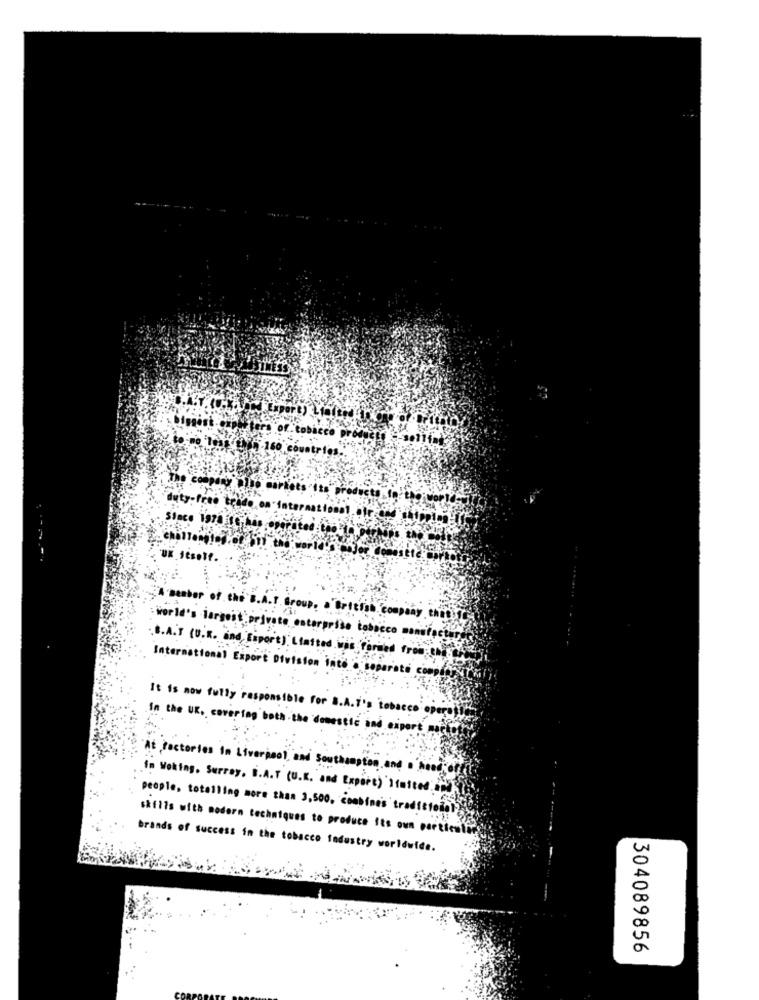
rg of
atrie
duty-free trade on inter
Since 1970 ICHhas
UK JEsoIf.
A Benber of the B.A.T. Group. . "British. company thatif
: World's largest private enterprise tobacco manufacture
.B.A.T (U.K. ind Eiport). Ltatted.was formed from;Che
International Export Division into o separate comodo
It is now fully responsible for B.A.T's tobacco opere
In the UK. covering both the domestic and export med
At Factories in Liverpool, and Southampton and a need
In Woking, Surrey, S.A.T (U.K. and Export)'Itutteda
people, totalling more than 3,500. combine's traditionel
skills with modern techniques to produce Its own particuli
brands of success in the tobacco Industry worldwide.
304089856